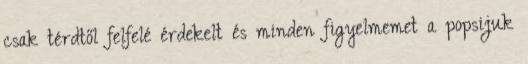
csak térdtől felfelé érdekelt és minden figyelmemet a popsijuk